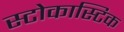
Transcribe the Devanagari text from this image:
स्टोकास्टिक